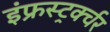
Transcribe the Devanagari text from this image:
इंफ्रस्ट्रर्क्चर